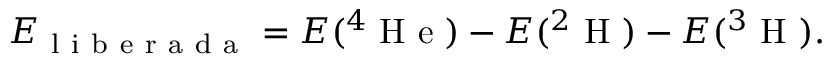
E _ { \mathrm { ~ l ~ i ~ b ~ e ~ r ~ a ~ d ~ a ~ } } = E ( ^ { 4 } \mathrm { ~ H ~ e ~ } ) - E ( ^ { 2 } \mathrm { ~ H ~ } ) - E ( ^ { 3 } \mathrm { ~ H ~ } ) .